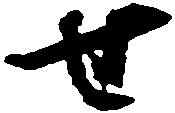
せ